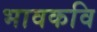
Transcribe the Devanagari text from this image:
भावकवि